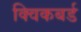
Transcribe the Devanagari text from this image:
क्विकबर्ड